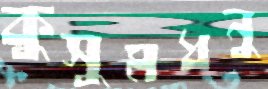
কুসুমধনু